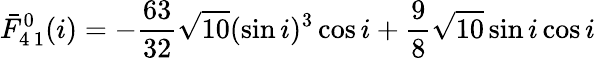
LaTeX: \bar{F}_{4\, 1}^{0}(i)=-\frac{63}{32}\sqrt{10}(\sin i)^{3}\cos i+\frac{9}{8}\sqrt{10}\sin i\cos i